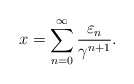
\begin{align*}x=\sum_{n=0}^\infty\frac{\varepsilon_n}{\gamma^{n+1}}.\end{align*}